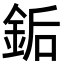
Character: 銗